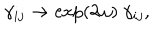
\gamma _ { i j } \to \exp ( 2 \omega ) \ \gamma _ { i j } ,